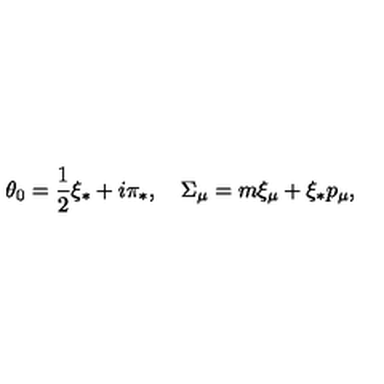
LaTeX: \theta _ { 0 } = \frac { 1 } { 2 } \xi _ { * } + i \pi _ { * } , \quad \Sigma _ { \mu } = m \xi _ { \mu } + \xi _ { * } p _ { \mu } ,